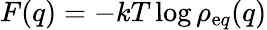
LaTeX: F(q)=-kT\log\rho_{\mathrm eq}(q)